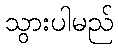
သွားပါမည်